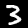
Label: 3